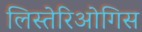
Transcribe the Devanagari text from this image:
लिस्तेरिओगिस